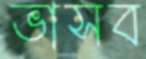
ভাসব